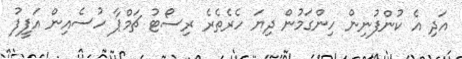
އަދި އެ ކުންފުނިން ހިންގަމުން ދިޔަ ހެރެތެރެ ރިސޯޓު ޗަމްޕާ ހުސެއިން އަފީފު